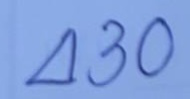
430